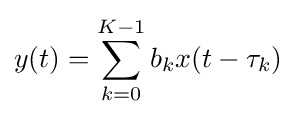
y(t)=\sum _{k=0}^{K-1}b_{k}x(t-\tau _{k})